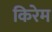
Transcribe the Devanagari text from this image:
किरेम